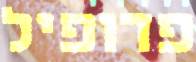
פדופיל